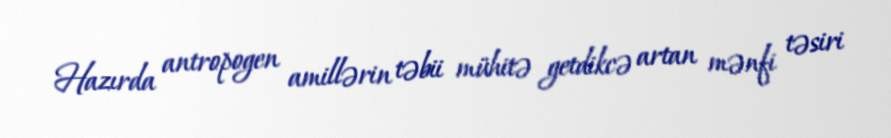
Hazırda antropogen amillərin təbii mühitə getdikcə artan mənfi təsiri